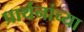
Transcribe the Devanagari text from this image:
प्रार्थनांच्या